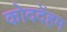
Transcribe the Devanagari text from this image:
कोददेंहम